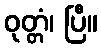
ဝုတ္တံ၊ ပြီ။